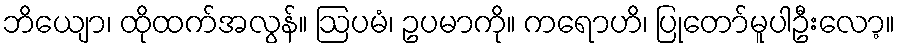
ဘိယျော၊ ထိုထက်အလွန်။ ဩပမံ၊ ဥပမာကို။ ကရောဟိ၊ ပြုတော်မူပါဦးလော့။